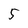
Character: 5